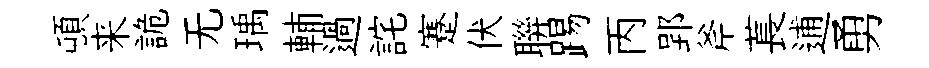
頓来詭无瑀輔過詫蹇伏聨踢丙郢斧萇逋勇